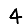
Digit: 4